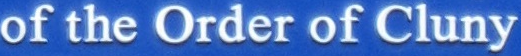
of the Order of Cluny